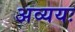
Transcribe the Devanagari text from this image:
अव्ययः